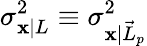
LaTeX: \sigma_{\mathbf{x}|L}^{2}\equiv\sigma_{\mathbf{x}|\vec{{L}}_{p}}^{2}